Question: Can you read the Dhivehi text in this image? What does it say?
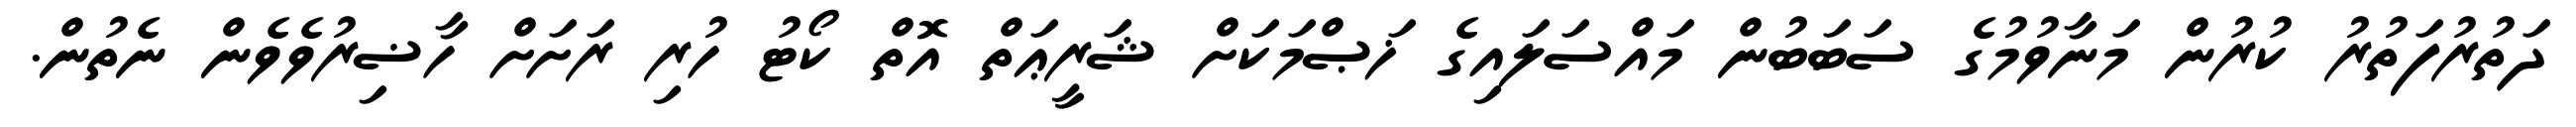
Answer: ދަތުރުފަތުރު ކުރުން މަނާވުމުގެ ސަބަބުން މައްސަލައިގެ ޚަޞްމަކަށް ޝަރީޢަތް އޮތް ކޯޓު ހުރި ރަށަށް ހާޟިރުވެވެން ނެތުން.